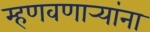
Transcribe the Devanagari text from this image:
म्हणवणार्‍यांना